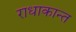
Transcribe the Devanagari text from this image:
राधाकान्‍त